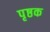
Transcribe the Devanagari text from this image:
पृष्ठक